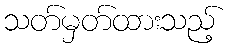
သတ်မှတ်ထားသည့်